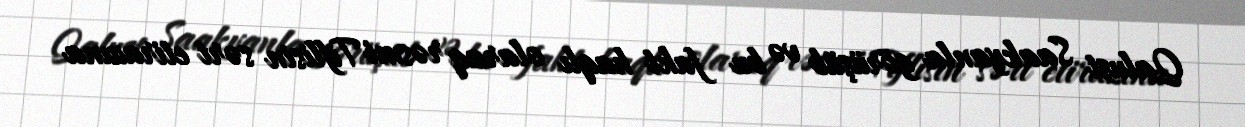
Qalust Saakyanla görüşüb və bu fakt haqlı olaraq rəsmi Tiflisin sərt etirazına